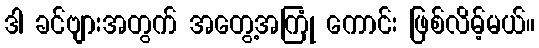
ဒါ ခင်ဗျားအတွက် အတွေ့အကြုံ ကောင်း ဖြစ်လိမ့်မယ်။